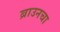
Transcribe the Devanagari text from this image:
ब्राउनचा